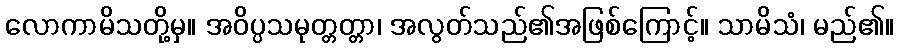
လောကာမိသတို့မှ။ အဝိပ္ပသမုတ္တတ္တာ၊ အလွတ်သည်၏အဖြစ်ကြောင့်။ သာမိသံ၊ မည်၏။